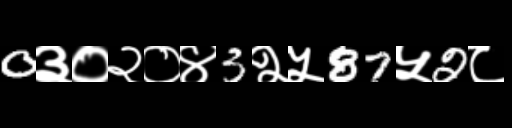
Text: 0३०२०४3२५87५2८